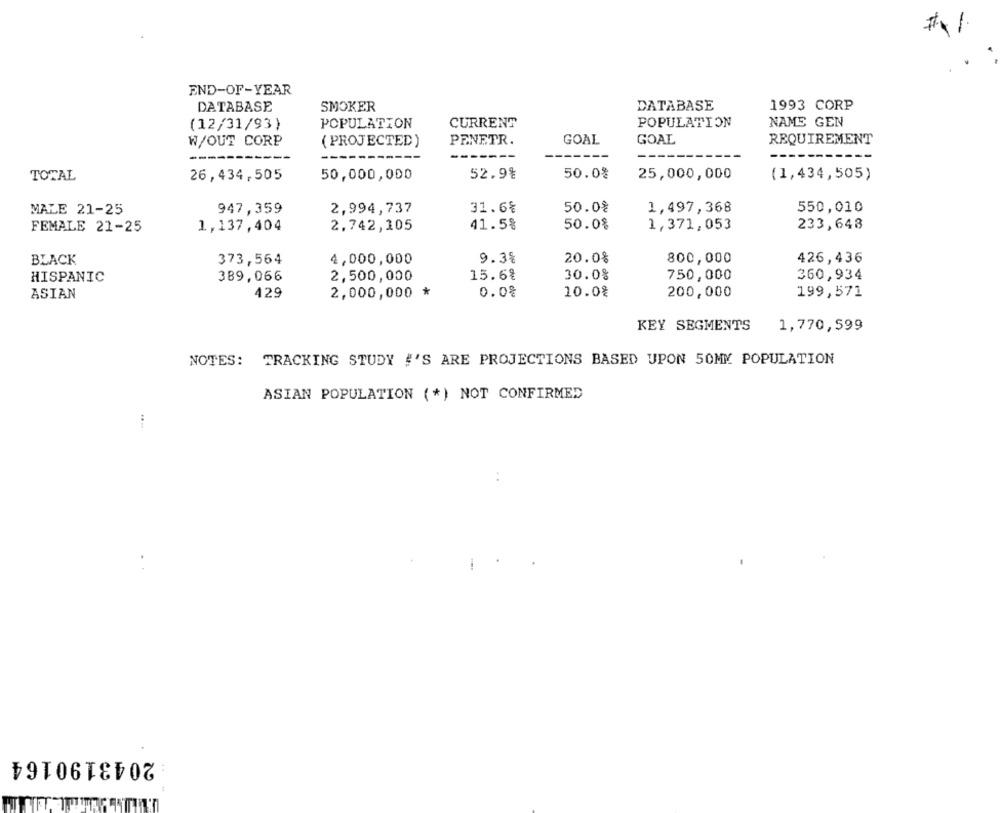
END-OF-YEAR
DATABASE
1993 CORP
DATABASE
SMOKER
NAME GEN
(12/31/93)
POPULATION
CURRENT
POPULATION
W/OUT CORP
( PROJECTED)
PENETR.
GOAL
GOAL
REQUIREMENT
TOTAL
26,434,505
50,000,000
52.9%
50.0%
25,000,000
(1,434,505)
MALE 21-25
947,359
2,994,737
31.6%
50.0%
1,497,368
550,010
FEMALE 21-25
1,137,404
2.742,105
41.5%
50.0%
1,371,053
233,648
BLACK
373,564
4,000,000
9.38
20.0%
800,000
426,436
HISPANIC
389,066
2,500,000
15.6%
30.0%
750,000
360,934
429
2,000,000 *
0.08
10.0%
200,000
199,571
ASIAN
KEY SEGMENTS
1,770,599
NOTES:
TRACKING STUDY #'S ARE PROJECTIONS BASED UPON 50MM POPULATION
ASIAN POPULATION (*) NOT CONFIRMED
2043190164